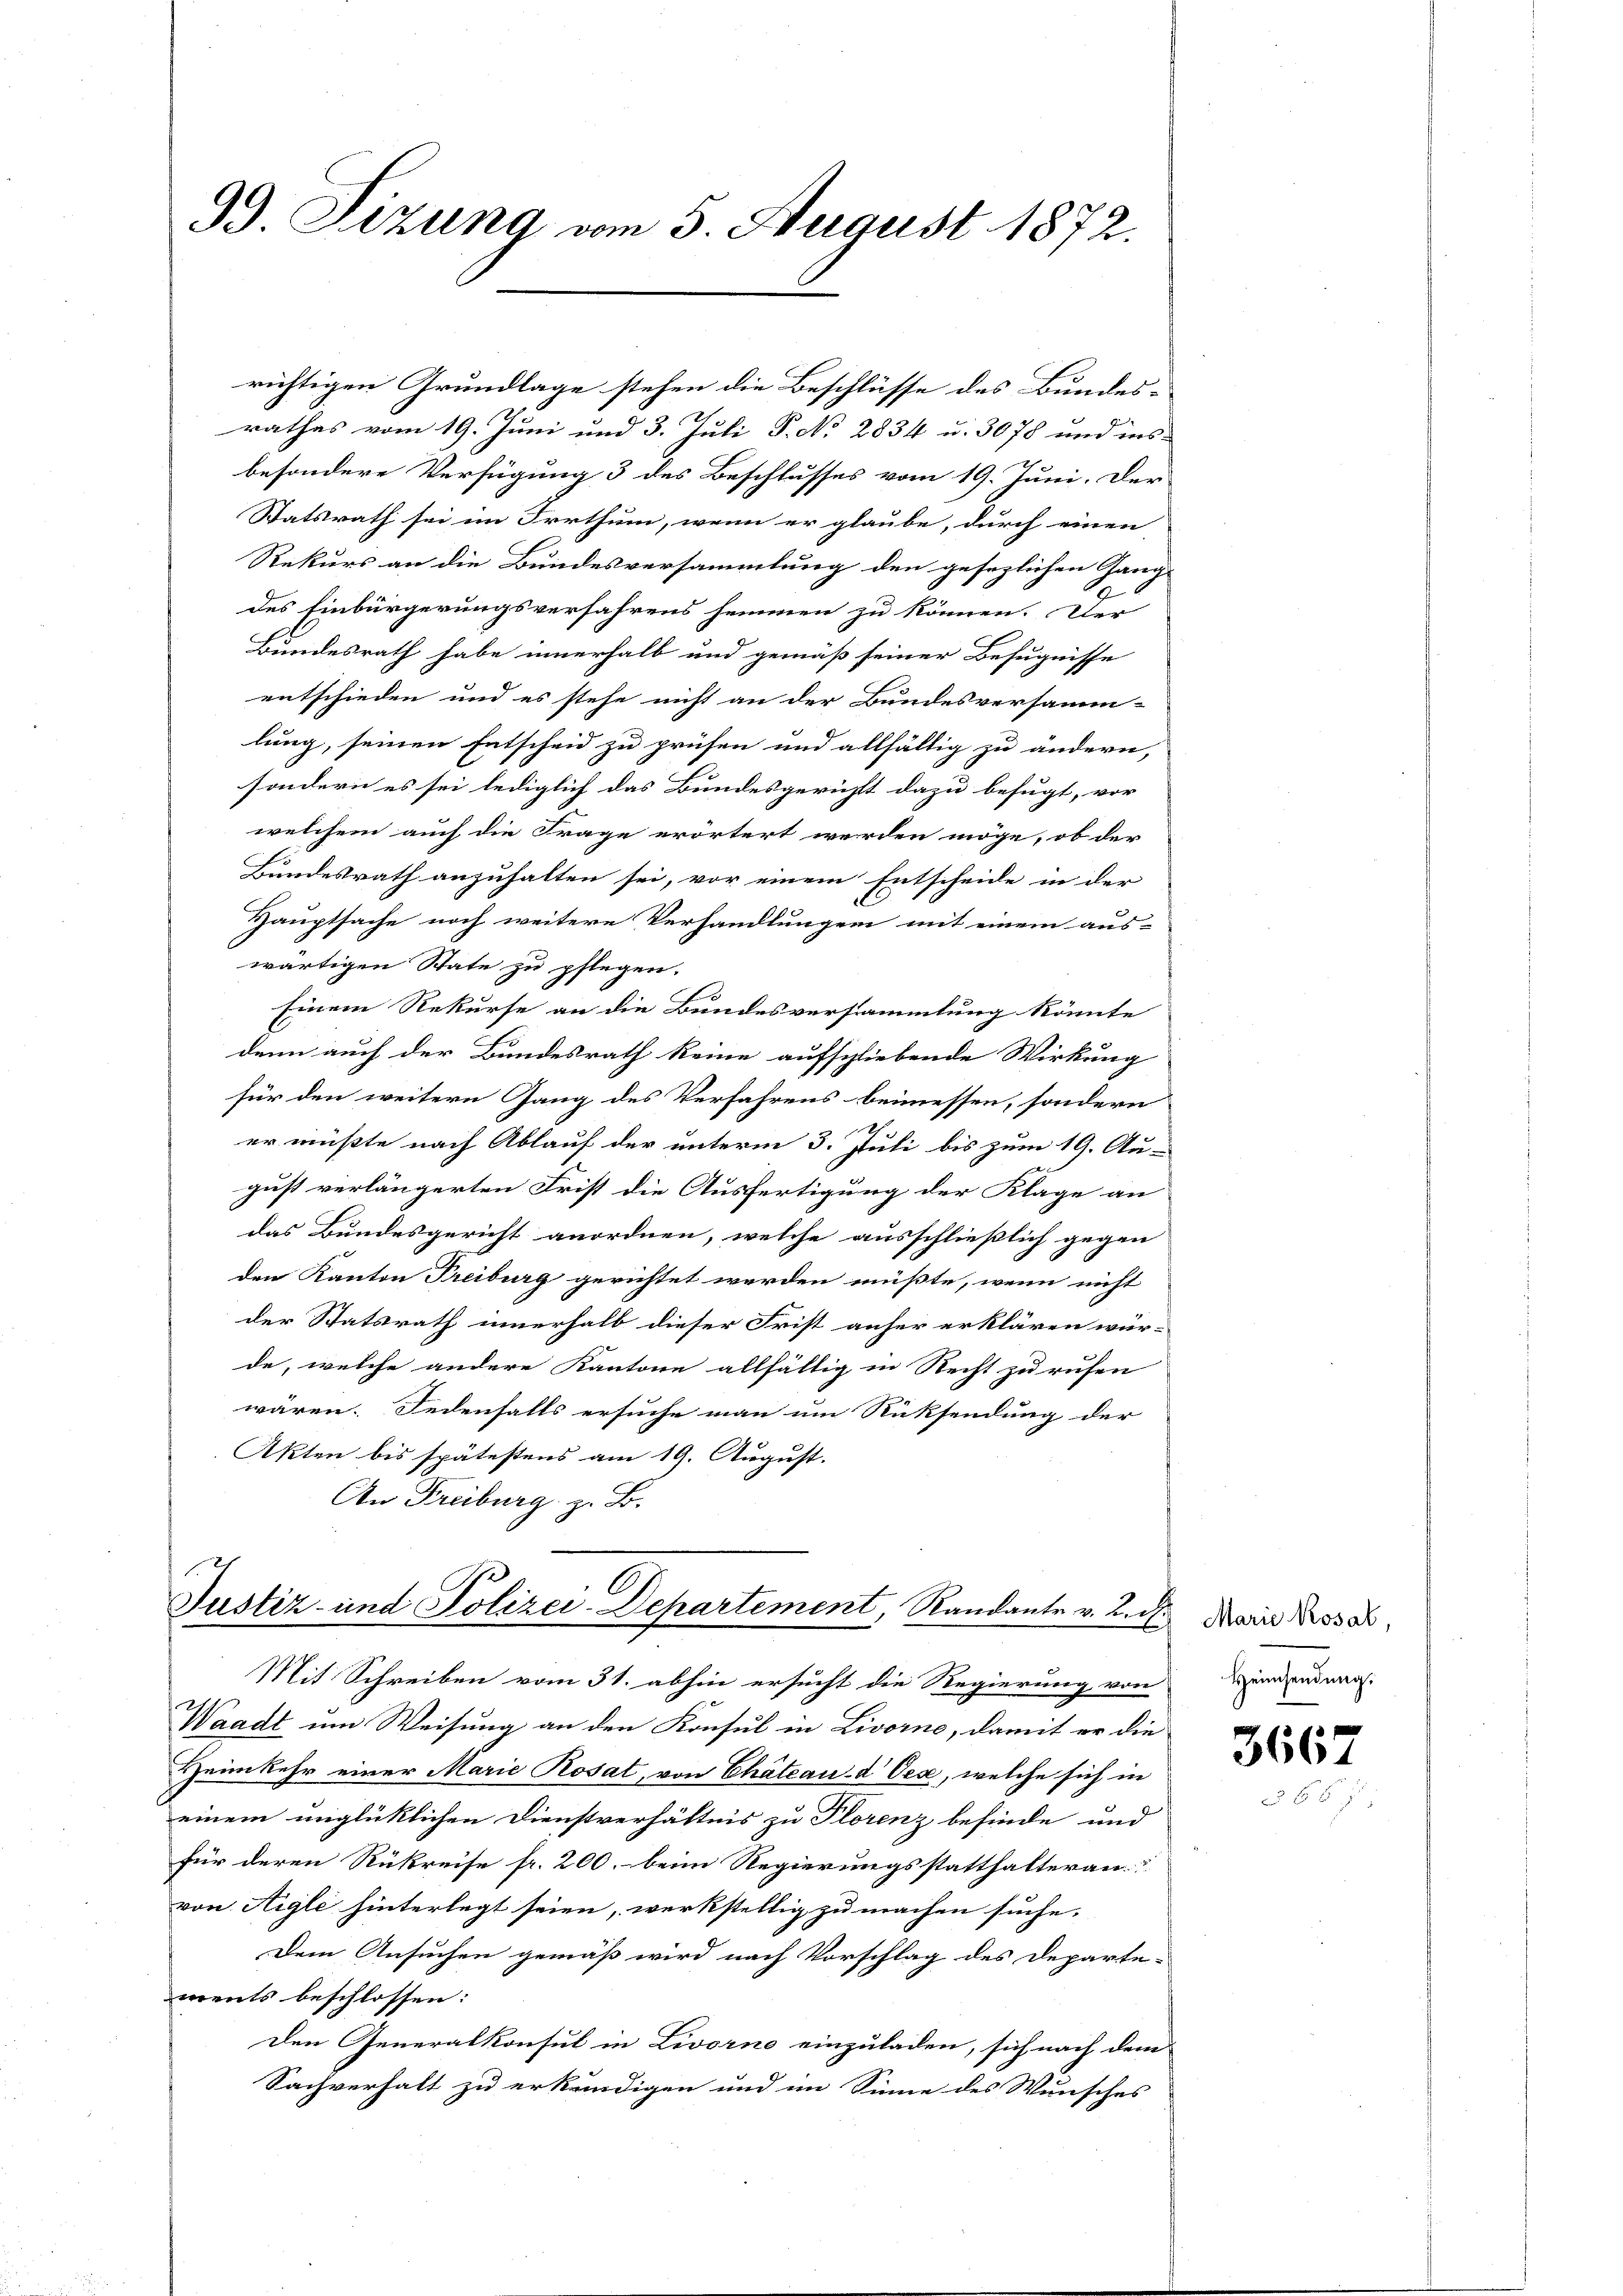
G. Sizung vom 5. August 1872.

richtigen Grundlage stehen die Beschlüsse des Bundes-
rathes vom 19. Juni und 3. Juli P. No. 2834 u. 3078 und ins-
besondere Verfügung 3 des Beschlusses vom 19. Juni. Der
Statsrath sei im Irrthum, wenn er glaube, durch einen
Rekurs an die Bundesversammlung den gesezlichen Gang
des Einbürgerungsverfahrens hemmen zu können. Der
Bundesrath habe innerhalb und gemäß seiner Befugnisse
entschieden und es stehe nicht an der Bundesversamm-
lung, seinen Entscheid zu prüfen und allfältig zu ändern,
sondern es sei lediglich das Bundesgericht dazu befugt, vor
welchem auch die Frage erörtert werden möge, ob der
Bundesrath anzuhalten sei, vor einem Entscheide in der
Hauptsache noch weitere Verhandlungen mit einem aus-
wärtigen State zu pflegen.
Einem Rekurse an die Bundesversammlung könnte
denn auch der Bundesrath keine aufschliebende Wirkung
für den weitern Gang des Verfahrens beimessen, sondern
er mußte nach Ablauf der unterm 3. Juli bis zum 19. Au-
gust verlängerten Frist die Ausfertigung der Klage an
das Bundesgericht anordnen, welche ausschließlich gegen
den Kanton Treiburg gerichtet werden müßte, wenn nicht
der Statsrath innerhalb dieser Frist anher erklären wür-
de, welche andere Kantone allfältig in Recht zu rufen
wären. Jedenfalls ersuche man um Rücksendung der
Akten bis spätestens am 19. August.
An Freiburg z. B.

1
6
Justiz- und Polizei-Departement, Randante v. 2. d.
Mit Schreiben vom 31. abhin ersucht die Regierung von

Waadt um Weisung an den Konsul in Livorne, damit er die
Heimkehr einer Marie Rosat, von Chateau- & Oese, welche sich in
einem unglücklichen Dienstverhältnis zu Florenz befinde und
für deren Rükreise fr. 200. beim Regierungsstatthalteran
von Aigle hinterlegt seien, werkstellig zu machen suche.
Dem Ansuchen gemäß wird nach Vorschlag des Departe-
ments beschlossen:
Den Generalkonsul in Livorno einzuladen, sich nach dem
Sachverhalt zu erkundigen und im Sinne des Wunsches

Marie Rosal,
Heimsendung.

366